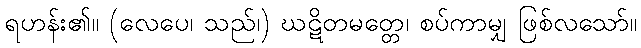
ရဟန်း၏။ (လေပေ၊ သည်၊) ဃဋိတမတ္တေ၊ စပ်ကာမျှ ဖြစ်လသော်။